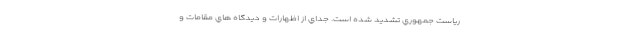
رياست جمهوري تشديد شده است. جداي از اظهارات و ديدگاه هاي مقامات و